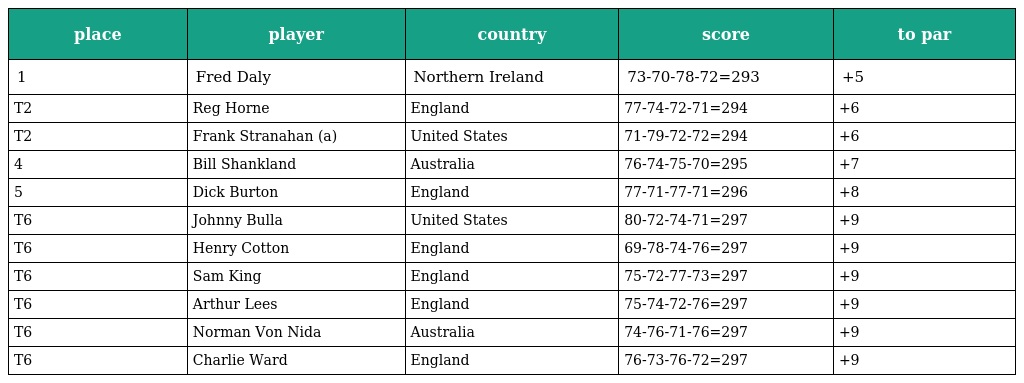
| place | player | country | score | to par |
 | --- | --- | --- | --- | --- |
 | 1 | Fred Daly | Northern Ireland | 73-70-78-72=293 | +5 |
 | T2 | Reg Horne | England | 77-74-72-71=294 | +6 |
 | T2 | Frank Stranahan (a) | United States | 71-79-72-72=294 | +6 |
 | 4 | Bill Shankland | Australia | 76-74-75-70=295 | +7 |
 | 5 | Dick Burton | England | 77-71-77-71=296 | +8 |
 | T6 | Johnny Bulla | United States | 80-72-74-71=297 | +9 |
 | T6 | Henry Cotton | England | 69-78-74-76=297 | +9 |
 | T6 | Sam King | England | 75-72-77-73=297 | +9 |
 | T6 | Arthur Lees | England | 75-74-72-76=297 | +9 |
 | T6 | Norman Von Nida | Australia | 74-76-71-76=297 | +9 |
 | T6 | Charlie Ward | England | 76-73-76-72=297 | +9 |